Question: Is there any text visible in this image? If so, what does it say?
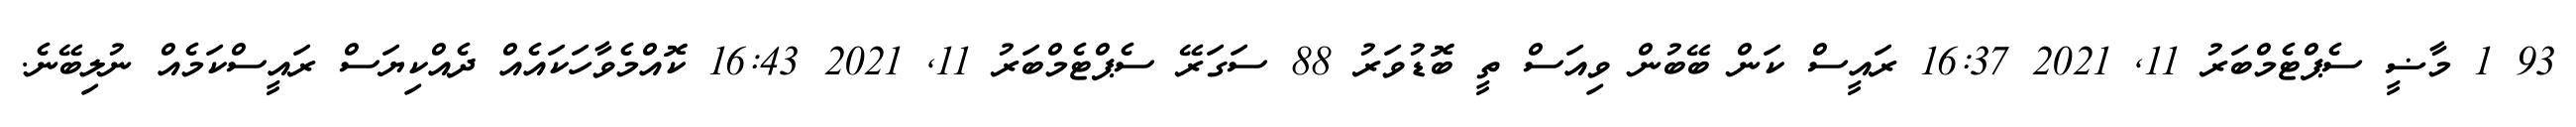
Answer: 93 1 މާޟީ ސެޕްޓެމްބަރު 11, 2021 16:37 ރައީސް ކަން ބޭބުން ވިއަސް ތީ ބޮޑުވަރު 88 ސަގަރޭ ސެޕްޓެމްބަރު 11, 2021 16:43 ކޮއްމެވާހަކައެއް ދެއްކިޔަސް ރައީސްކަމެއް ނުލިބޭނެ.